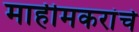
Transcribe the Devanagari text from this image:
माहीमकरांचे